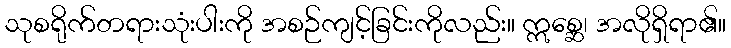
သုစရိုက်တရားသုံးပါးကို အစဉ်ကျင့်ခြင်းကိုလည်း။ ဣစ္ဆေ၊ အလိုရှိရာ၏။